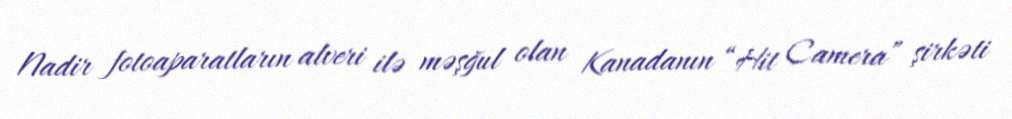
Nadir fotoaparatların alveri ilə məşğul olan Kanadanın “Hit Camera” şirkəti